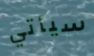
سيأتي